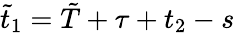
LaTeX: \tilde{t}_{1}=\tilde{T}+\tau+t_{2}-s